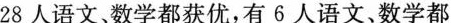
28人语文、数学都获优，有6人语文、数学都